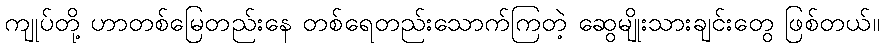
ကျုပ်တို့ ဟာတစ်မြေတည်းနေ တစ်ရေတည်းသောက်ကြတဲ့ ဆွေမျိုးသားချင်းတွေ ဖြစ်တယ်။